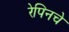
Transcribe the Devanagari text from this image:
रेपिनचे